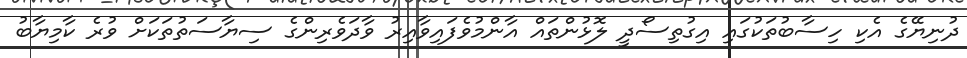
ދުނިޔޭގެ އެކި ހިސާބުތަކުގައި އިގުތިސޯދީ ލޮޅުންތައް އާންމުވެފައިވާއިރު ވާދަވެރިންގެ ސިޔާސަތުތަކަށް ވުރެ ކާމިޔާބު